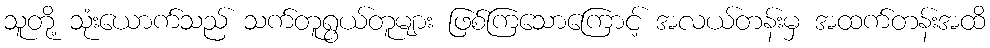
သူတို့ သုံးယောက်သည် သက်တူရွယ်တူများ ဖြစ်ကြသောကြောင့် အလယ်တန်းမှ အထက်တန်းအထိ